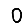
Digit: 0